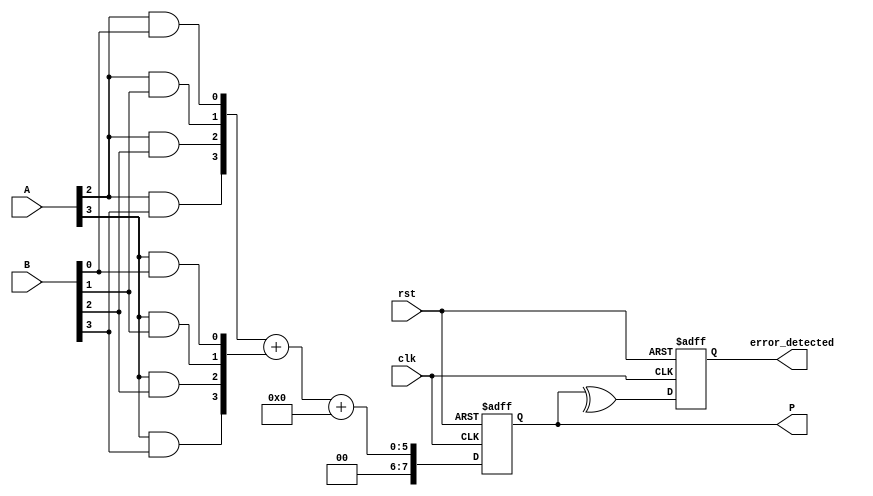
module FaultTolerantWallaceTreeMultiplier #(parameter n = 4) (
    input  wire [n-1:0] A,
    input  wire [n-1:0] B,
    input  wire clk,
    input  wire rst,
    output reg  [2*n-1:0] P,
    output reg  error_detected
);

// Partial Product Generation
wire [n-1:0] pp [0:n-1]; // Partial products
genvar i, j;
generate
    for (i = 0; i < n; i = i + 1) begin : pp_gen
        for (j = 0; j < n; j = j + 1) begin : pp_and
            assign pp[i][j] = A[i] & B[j]; // Generate partial products
        end
    end
endgenerate

// Wallace Tree Reduction
wire [n:0] sum [0:n-1]; // Sums at each level
wire [n:0] carry [0:n-1]; // Carries at each level

// Level 1: Combine partial products using Carry-Save Adders (CSAs)
generate
    for (i = 0; i < n-1; i = i + 1) begin : CSA_level1
        assign {carry[i], sum[i]} = pp[i] + pp[i+1]; // Simple CSA for demonstration
    end
endgenerate

// Final Addition
wire [2*n-1:0] final_sum;
wire [2*n-1:0] final_carry;

// Using a simple adder for final addition (could be a carry-lookahead or carry-select)
assign {final_carry, final_sum} = {1'b0, sum[n-2]} + {1'b0, carry[n-2]};

// Error Detection Logic (simple parity check for demonstration)
always @(posedge clk or posedge rst) begin
    if (rst) begin
        P <= 0;
        error_detected <= 0;
    end else begin
        P <= final_sum; // Assign final product
        // Simple error detection (parity check)
        error_detected <= ^P; // Check parity of the product
    end
end

endmodule